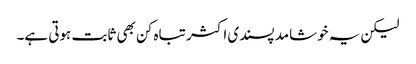
لیکن یہ خوشامد پسندی اکثر تباہ کن بھی ثابت ہوتی ہے۔